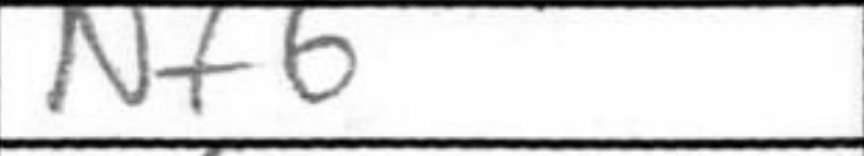
Transcription: Nf6